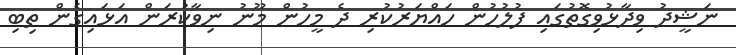
ނަޝީދު ވިދާޅުވިގޮތުގައި ފުލުހުން ހައްޔަރުކުރި ދެ މީހުން މޫނު ނިވާކުރަން އަޅައިގެން ތިބި